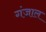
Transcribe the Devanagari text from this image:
गंजाल